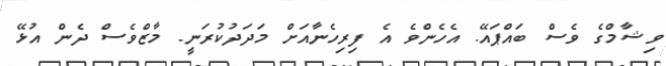
ވިޝާމްގެ ވެސް ބައްޕައޭ. އެހެންވެ އެ ފިރިހެނާއަށް މަދަދުކުރަނީ. މާޒްވެސް ދެން އުޅޭ